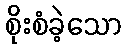
စိုးစံခဲ့သော